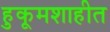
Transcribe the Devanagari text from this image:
हुकूमशाहीत